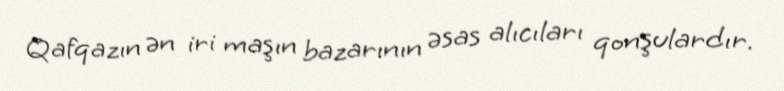
Qafqazın ən iri maşın bazarının əsas alıcıları qonşulardır.